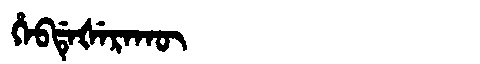
Manchu: ᡥᡝᠪᡩᡝᡧᡝᡵᠠᡴᡡ
Romanization: HEBDEŠERAKŪ